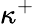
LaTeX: \kappa^{+}